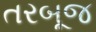
તરબૂજ